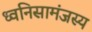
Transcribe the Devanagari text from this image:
ध्वनिसामंजस्य